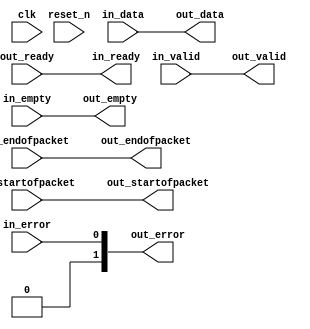
// --------------------------------------------------------------------------------
//| Avalon Streaming Error Adapter
// --------------------------------------------------------------------------------

`timescale 1ns / 100ps
module qsys_10g_eth_10g_design_example_0_eth_10g_mac_tx_st_pause_ctrl_error_adapter (
    
      // Interface: clk
      input              clk,
      // Interface: reset
      input              reset_n,
      // Interface: in
      output reg         in_ready,
      input              in_valid,
      input      [63: 0] in_data,
      input      [ 0: 0] in_error,
      input              in_startofpacket,
      input              in_endofpacket,
      input      [ 2: 0] in_empty,
      // Interface: out
      input              out_ready,
      output reg         out_valid,
      output reg [63: 0] out_data,
      output reg [ 1: 0] out_error,
      output reg         out_startofpacket,
      output reg         out_endofpacket,
      output reg [ 2: 0] out_empty
);



   // ---------------------------------------------------------------------
   //| Pass-through Mapping
   // ---------------------------------------------------------------------
   always @* begin
      in_ready = out_ready;
      out_valid = in_valid;
      out_data = in_data;
      out_startofpacket = in_startofpacket;
      out_endofpacket = in_endofpacket;
      out_empty = in_empty;

   end

   // ---------------------------------------------------------------------
   //| Error Mapping
   // ---------------------------------------------------------------------
   always @* begin
      out_error = 0;
      
      out_error = in_error;
   end
endmodule